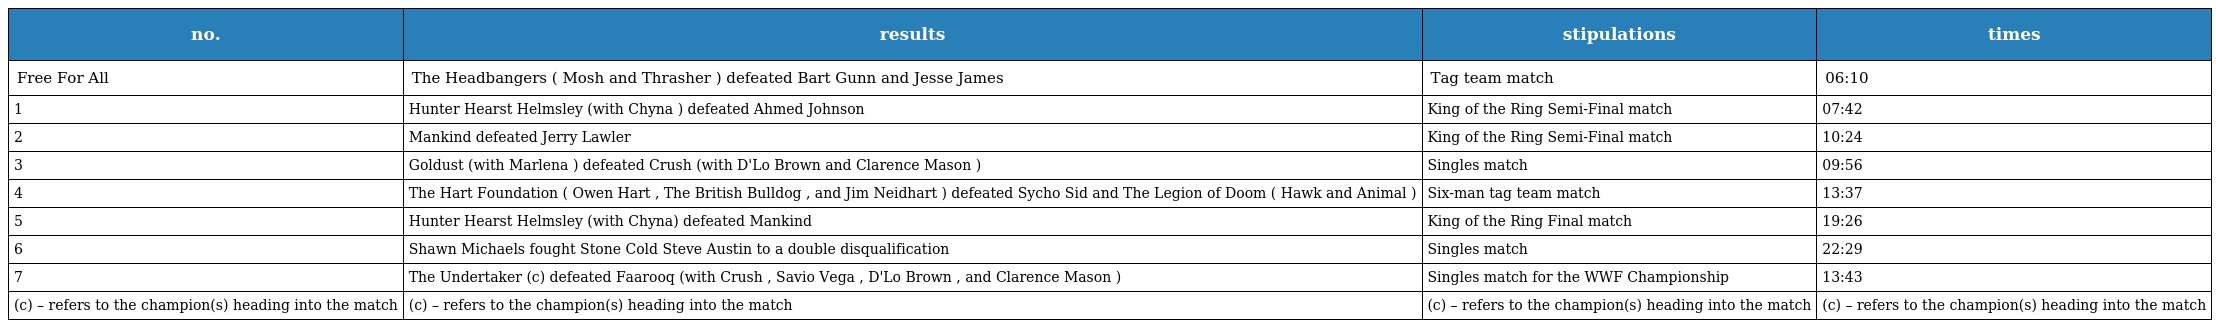
| no. | results | stipulations | times |
 | --- | --- | --- | --- |
 | Free For All | The Headbangers ( Mosh and Thrasher ) defeated Bart Gunn and Jesse James | Tag team match | 06:10 |
 | 1 | Hunter Hearst Helmsley (with Chyna ) defeated Ahmed Johnson | King of the Ring Semi-Final match | 07:42 |
 | 2 | Mankind defeated Jerry Lawler | King of the Ring Semi-Final match | 10:24 |
 | 3 | Goldust (with Marlena ) defeated Crush (with D'Lo Brown and Clarence Mason ) | Singles match | 09:56 |
 | 4 | The Hart Foundation ( Owen Hart , The British Bulldog , and Jim Neidhart ) defeated Sycho Sid and The Legion of Doom ( Hawk and Animal ) | Six-man tag team match | 13:37 |
 | 5 | Hunter Hearst Helmsley (with Chyna) defeated Mankind | King of the Ring Final match | 19:26 |
 | 6 | Shawn Michaels fought Stone Cold Steve Austin to a double disqualification | Singles match | 22:29 |
 | 7 | The Undertaker (c) defeated Faarooq (with Crush , Savio Vega , D'Lo Brown , and Clarence Mason ) | Singles match for the WWF Championship | 13:43 |
 | (c) – refers to the champion(s) heading into the match | (c) – refers to the champion(s) heading into the match | (c) – refers to the champion(s) heading into the match | (c) – refers to the champion(s) heading into the match |